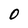
Character: 0